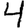
Digit: 4